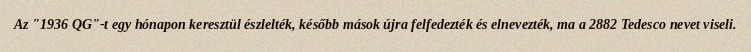
Az "1936 QG"-t egy hónapon keresztül észlelték, később mások újra felfedezték és elnevezték, ma a 2882 Tedesco nevet viseli.